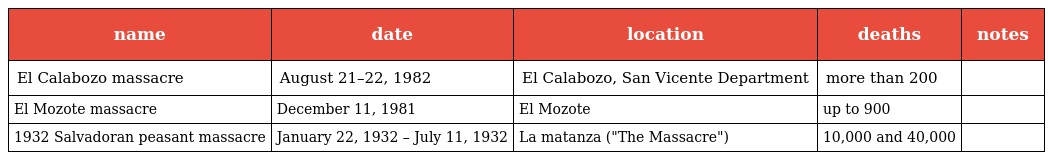
| name | date | location | deaths | notes |
 | --- | --- | --- | --- | --- |
 | El Calabozo massacre | August 21–22, 1982 | El Calabozo, San Vicente Department | more than 200 |  |
 | El Mozote massacre | December 11, 1981 | El Mozote | up to 900 |  |
 | 1932 Salvadoran peasant massacre | January 22, 1932 – July 11, 1932 | La matanza ("The Massacre") | 10,000 and 40,000 |  |